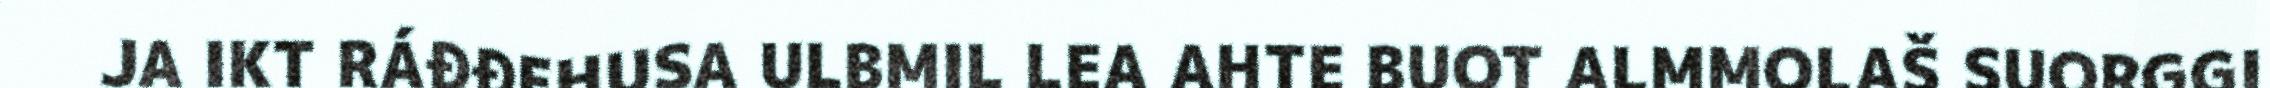
JA IKT RÁĐĐEHUSA ULBMIL LEA AHTE BUOT ALMMOLAŠ SUORGGI